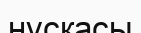
нұскасы